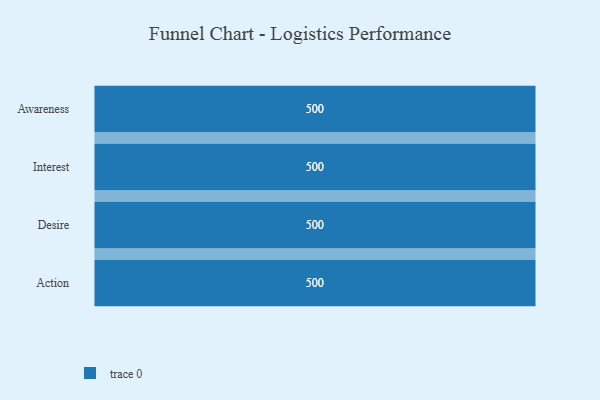
{"axis": {"x": "Stage", "y": "Value"}, "legend": [""], "data": [{"x": "Awareness", "y": 500, "type": ""}, {"x": "Interest", "y": 500, "type": ""}, {"x": "Desire", "y": 500, "type": ""}, {"x": "Action", "y": 500, "type": ""}]}